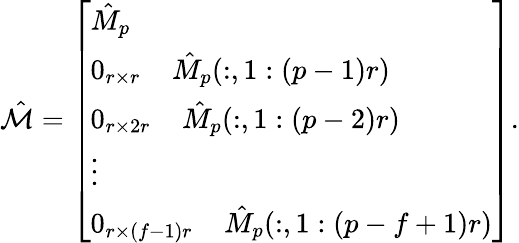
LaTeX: \begin{array}{r}{\hat{\mathcal{M}}=\left[\begin{array}{l}{\hat{M}_{p}}\\ {0_{r\times r}\; \; \; \; \hat{M}_{p}(:,1:(p-1)r)}\\ {0_{r\times 2r}\; \; \; \; \hat{M}_{p}(:,1:(p-2)r)}\\ {\vdots}\\ {0_{r\times(f-1)r}\; \; \; \; \hat{M}_{p}(:,1:(p-f+1)r)}\end{array}\right].}\end{array}